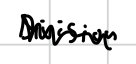
Text: Division
Cross-out: zig-zag
Writing tool: digital_black